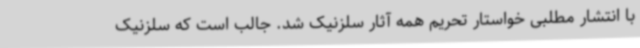
با انتشار مطلبی خواستار تحریم همه آثار سلزنیک شد. جالب است که سلزنیک